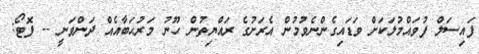
ފައިސަލް ފުވައްމުލަކަށް ވަޑައިގެންނެވުމުން އެރަށުގެ ރައްޔިތުން ހޫނު މަރުޙަބާއެއް ދަންވަނީ -- ފޮޓޯ: